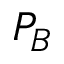
P _ { B }